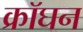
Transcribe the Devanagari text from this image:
क्रॉघन